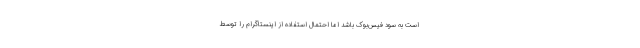
است به سود فیس‌بوک باشد اما احتمال استفاده از اینستاگرام را توسط